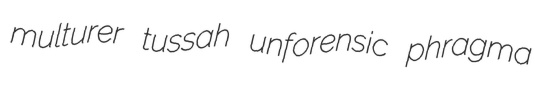
multurer tussah unforensic phragma